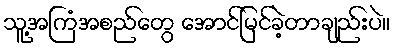
သူ့အကြံအစည်တွေ အောင်မြင်ခဲ့တာချည်းပဲ။